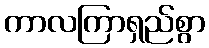
ကာလကြာရှည်စွာ